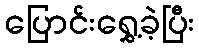
ပြောင်းရွှေ့ခဲ့ပြီး